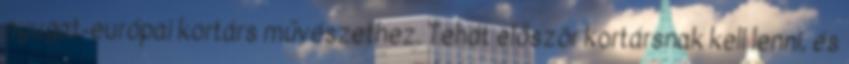
nyugat-európai kortárs művészethez. Tehát először kortársnak kell lenni, és